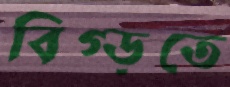
বিগ্‌ড়তে